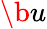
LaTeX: \b{u}